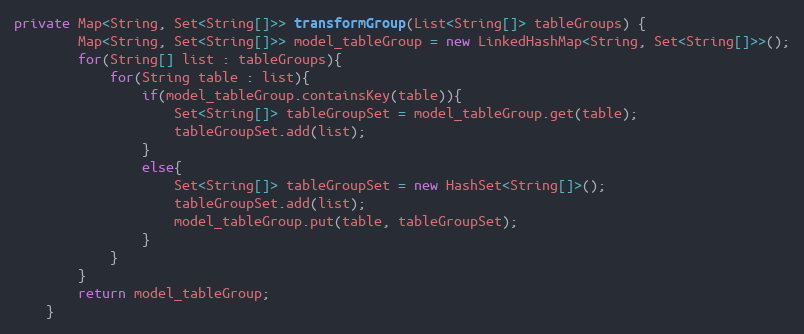
Language: Java
private Map<String, Set<String[]>> transformGroup(List<String[]> tableGroups) {
		Map<String, Set<String[]>> model_tableGroup = new LinkedHashMap<String, Set<String[]>>();
		for(String[] list : tableGroups){
			for(String table : list){
				if(model_tableGroup.containsKey(table)){
					Set<String[]> tableGroupSet = model_tableGroup.get(table);
					tableGroupSet.add(list);
				}
				else{
					Set<String[]> tableGroupSet = new HashSet<String[]>();
					tableGroupSet.add(list);
					model_tableGroup.put(table, tableGroupSet);
				}
			}
		}
		return model_tableGroup;
	}